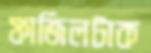
ফাজিলটাক